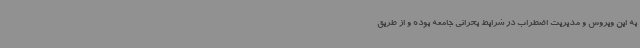
به این ویروس و مدیریت اضطراب در شرایط بحرانی جامعه بوده و از طریق